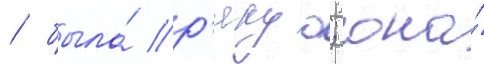
/ была́ р'якуо; она́